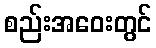
စည်းအဝေးတွင်